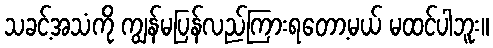
သခင့်အသံကို ကျွန်မပြန်လည်ကြားရတော့မယ် မထင်ပါဘူး။